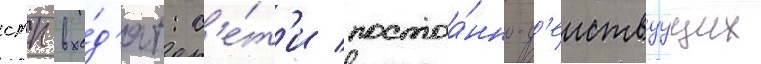
стп вхо́д'ят: с'е́т'и постоа́нно-д'еиствуущих